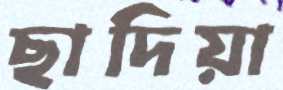
ছাদিয়া